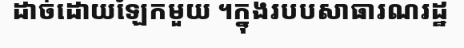
ដាច់ដោយឡែកមួយ ។ក្នុងរបបសាធារណរដ្ឋ